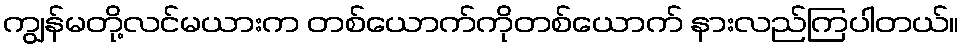
ကျွန်မတို့လင်မယားက တစ်ယောက်ကိုတစ်ယောက် နားလည်ကြပါတယ်။